King Institute of Preventive Medicine Micro-Biological Section reports 1912-19
Year: 1912
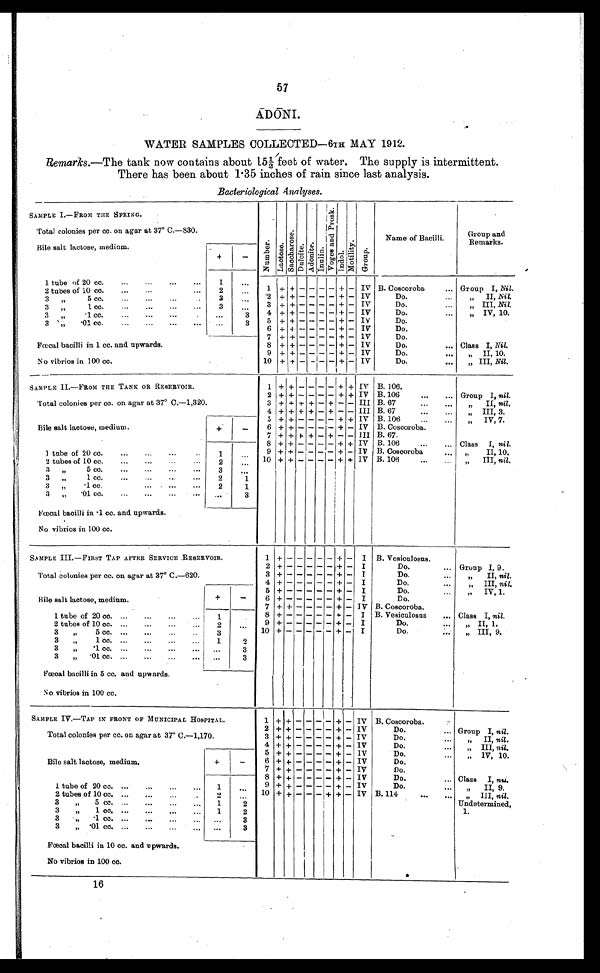
57
ADONI.
WATER SAMPLES COLLECTED—6TH MAY 1912.
Remarks .—The tank now contains about 15½ feet of water. The supply is intermittent.
There has been about 1.35 inches of rain since last analysis.
Bacteriological Analyses.
SAMPLE I.—FROM THE SPRING.
Total colonies per cc. on agar at 37º C. —830
N u m b e r .
L a c t o s e . e
S a c c h a r o s e . )
D u l c i t e . A d o n i t e .
I n u l i m .
V o g e s a n d P r o s k
I ndo l
M o t i l i t y .
G r o u p .
Name of Bacilli.
Group and
Remarks.
Bile salt lactose, medium.
+
—
I tube of 20 cc.
...
...
...
...
1
. . .
1
+ + - - - - + - IV B. Coscoroba
... Group I, Nil.
2 tubes of 10 cc.
...
...
...
2
. . .
3
,,
5 cc.
...
...
...
3
...
2 + + - - - - + - IV
Do.
II, nil.
3 , , 1 c c . . . . . . . . . . . . .
3
. . .
3 + + + + - + - - IV
Do.
... ,, III, nil.
3 ,, .1. cc. ... .... ... .
...
3
4 + + + + - + -
- IV
Do.
...
„ IV, 10.
3 „
.01 cc.
...
...
...
...
. . . 3
5 + + - - - - + + IV
Do.
6 + + - - - - + -
I V
Do.
Fæcal bacilli in 1 cc. and upwards.
No vibrios in 100 cc.
7 + + + + - + - - 1V
Do.
8 + + - - - - + - IV
Do.
... Class I, Nil.
9
+
+
- - - - + - IV
Do.
...
,
II, 10.
10 + + - - - - + - IV
Do.
... „ III, Nil.
8 A MP L E II.—FROM THE TANK OR RESERVOIR.
Total colonies per cc. on agar at 37° C.—1,320.
1 + + — — — — + + IV B. 106.
2 + + - - - - + + IV B. 106
...
... Group I, nil.
3 + + + + - + - - III B. 67
II, nil.
4 + + + + - + - - III B. 67...
III, 3.
Bile salt lactose, medium.
+ -
5 + + - - - - +
+
IV B. 106
...
...
„ IV, 7.
6 + + - - - - + - IV B. Coscoroba.
7 + + + + - + - - III B.67.
1 tube of 20 cc.
...
...
...
1
. . . 8 + + - - - - + + IV B. 106
...
... Class I, nil.
9 + + - - - - + - IV B. Coscoroba
...
„
II, 10.
2 tubes of 10 cc.
...
...
...
... 2
. . . 10 + + - - - - + + IV B. 106
...
... „ III, nil.
3
, , 5 c c . . . . . . . . . . . . .
. . .
3 , , 1 c c . . . . . . . . . . . . .
2
1
3 „
1 cc. . . . . . . . . . . . .
2
1
3 „ .01 cc. ... ... ... ...
...
3
Fæcal bacilli in .1 cc. and upwards.
No vibrios in 100 cc.
SAMPLE III.—FIRST TAP AFTER SERVICE RESERVOIR.
Total colonies per cc. on agar at 37° C.—620.
1 + + -
- - - - + - I B. Vesiculosus.
2 + - - - - - - + - I
Do.
... Group I, 9.
3 + +-
- - - - + - I
Do.
II, nil.
4 + -
- - * - - + - I
...
Do.
„
III, nil.
Bile salt lactose, medium.
+
-
5 +
+ -
- - - - + - I
Do.
IV, 1.
6 + -
- - - - + - I
...
Do.
„
7 + + - - - - + - IV B. Coscoroba.
1 tube of 20 cc. ...
...
...
...
1
8 + -
- - - - + - I B. Vesiculosus
... Class I, nil,
2 tubes of 10 cc. ...
...
... . ...
2
. . .
9 + -
- - - * - + - I
Do.
„ II, 1.
3 „
3
10 + -
- - - - + - I
Do.
... „ III, 9.
3 ,,
2
3 „
.1 cc. ... ... ... ...
. . .
3
3 „ .01 cc. ... ... ... ...
...
3
Fæcal bacilli in 5 cc. and upwards.
No vibrios in 100 cc.
SAMPLE IV.—TAP IN FRONT OF MUNICIPAL HOSPITAL.
Total colonies per cc. on agar at 37° C.—1,170.
1
+ +
-
-
-
- +
- IV B. Coscoroba.
2 + + - - - - + - IV
Do.
... Group I, nil.
3 + + - - - - + - IV
Do.
...
„ II, nil.
4 + + - - - - + -- IV
Do.
...
„ III, nil.
Bile salt lactose, medium.
+
-
5 + + - - - - +
+- IV
Do.
...
„ IV, 10.
6 + + - - - - + - IV
Do.
7 + + - - - - + - IV
D o .
1 tube of 20 cc. ...
...
...
.. ...
1
. . .
8 + + - - - - + - IV
Do.
... Class I, nu.
9 + + - - - - + - IV
Do.
... ,, II, 9.
2 tubes of 10 cc. ...
...
...
2 . . .
10 + + - - - + + - IV B. 114
...
... ,, III, nil.
Undetermined,
1.
3
„
5 cc. ...
...
...
1
2
3
,,
1 co. ...
...
...
...
1
2
83 .„ ,, cc. ... ... ...
...
3
3
„ .01 cc. ...
... ... ...
. . .
3
Fæcal bacilli in 10 cc. and upwards.
No vibrios in 100 cc.
16